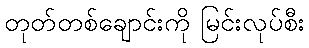
တုတ်တစ်ချောင်းကို မြင်းလုပ်စီး